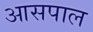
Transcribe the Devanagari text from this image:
आसपाल